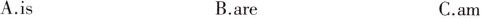
A.is B.are C.am